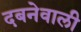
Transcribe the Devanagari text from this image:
दबनेवाली